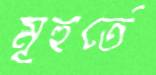
মূহুর্তে